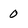
Character: 0